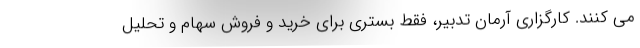
می کنند. کارگزاری آرمان تدبیر، فقط بستری برای خرید و فروش سهام و تحلیل